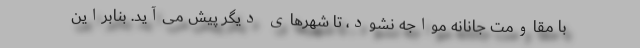
با مقاومت جانانه مواجه نشود، تا شهرهای دیگر پیش می‌آید. بنابراین